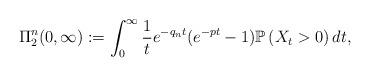
LaTeX: \begin{align*}\Pi_2^n(0,\infty):=\int_{0}^{\infty}\frac{1}{t}e^{-q_nt}(e^{-pt}-1)\mathbb P\left(X_t > 0\right)dt,\end{align*}